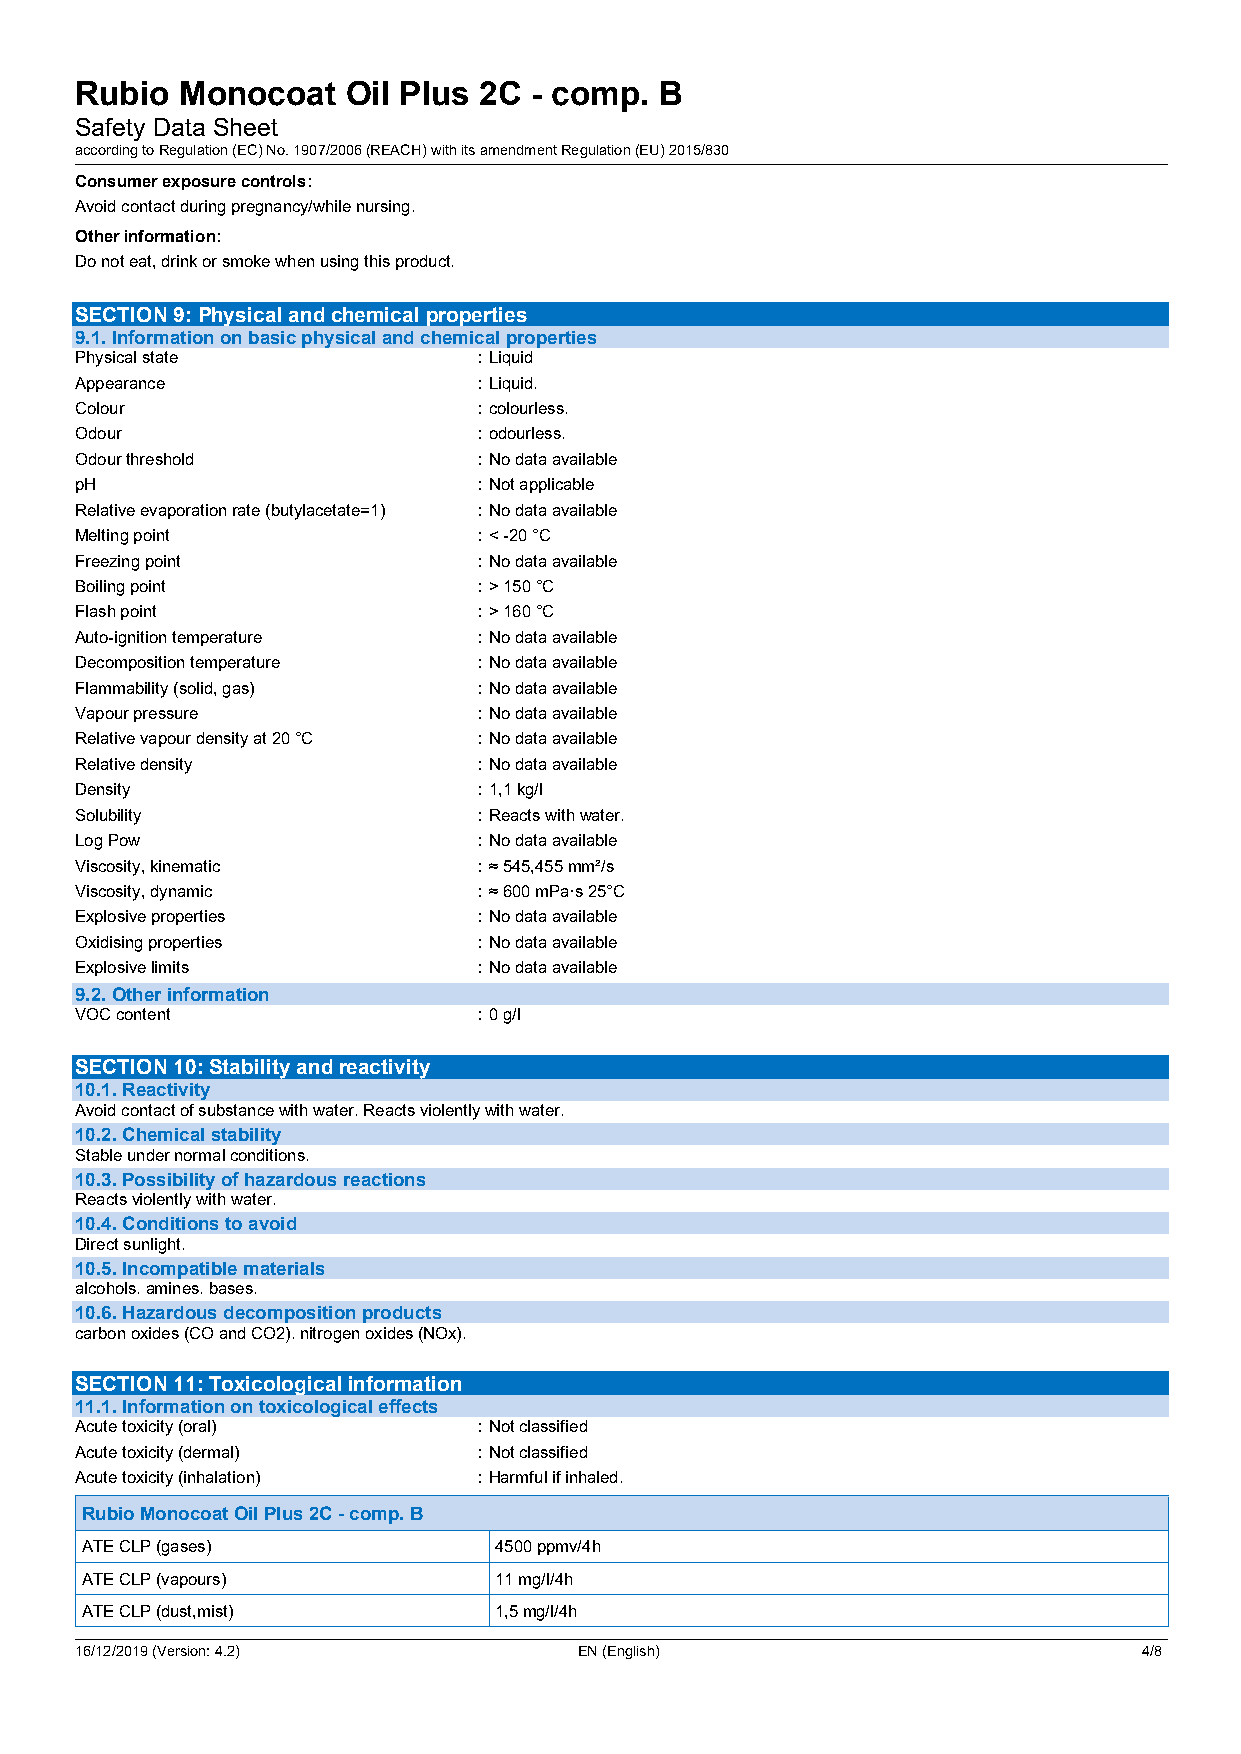
Rubio  Monocoat   Oil Plus 2C - comp.  B
 Safety Data Sheet
 according to Regulation (EC) No. 1907/2006 (REACH) with its amendment Regulation (EU) 2015/830
 Consumer exposure controls:
 Avoid contact during pregnancy/while nursing.
 Other information:
 Do not eat, drink or smoke when using this product.
 SECTION 9: Physical and chemical properties
 9.1. Information on basic physical and chemical properties
 Physical state             :Liquid
 Appearance                 :Liquid.
 Colour                     :colourless.
 Odour                      :odourless.
 Odour threshold            :No data available
 pH                         :Not applicable
 Relative evaporation rate (butylacetate=1) :No data available
 Melting point              :< -20 °C
 Freezing point             :No data available
 Boiling point              :> 150 °C
 Flash point                :> 160 °C
 Auto-ignition temperature  :No data available
 Decomposition temperature  :No data available
 Flammability (solid, gas)  :No data available
 Vapour pressure            :No data available
 Relative vapour density at 20 °C :No data available
 Relative density           :No data available
 Density                    :1,1 kg/l
 Solubility                 :Reacts with water.
 Log Pow                    :No data available
 Viscosity, kinematic       :≈ 545,455 mm²/s
 Viscosity, dynamic         :≈ 600 mPa·s 25°C
 Explosive properties       :No data available
 Oxidising properties       :No data available
 Explosive limits           :No data available
 9.2. Other information
 VOC content                :0 g/l
 SECTION 10: Stability and reactivity
 10.1. Reactivity
 Avoid contact of substance with water. Reacts violently with water.
 10.2. Chemical stability
 Stable under normal conditions.
 10.3. Possibility of hazardous reactions
 Reacts violently with water.
 10.4. Conditions to avoid
 Direct sunlight.
 10.5. Incompatible materials
 alcohols. amines. bases.
 10.6. Hazardous decomposition products
 carbon oxides (CO and CO2). nitrogen oxides (NOx).
 SECTION 11: Toxicological information
 11.1. Information on toxicological effects
 Acute toxicity (oral)      :Not classified
 Acute toxicity (dermal)    :Not classified
 Acute toxicity (inhalation) :Harmful if inhaled.
 Rubio Monocoat Oil Plus 2C - comp. B
 ATE CLP (gases)             4500 ppmv/4h
 ATE CLP (vapours)           11 mg/l/4h
 ATE CLP (dust,mist)         1,5 mg/l/4h
 16/12/2019 (Version: 4.2)        EN (English)                          4/8